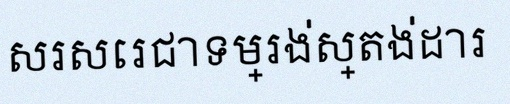
សរសេរជាទម្រង់ស្តង់ដារ